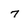
Character: 7